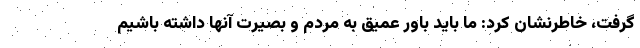
گرفت، خاطرنشان کرد: ما باید باور عمیق به مردم و بصیرت آنها داشته باشیم